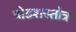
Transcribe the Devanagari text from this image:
षोडशस्तोत्र